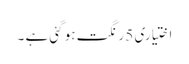
اختیاری 5 رنگت ہو گئی ہے ۔